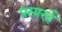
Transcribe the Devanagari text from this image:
प्रसारहै